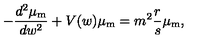
- \frac { d ^ { 2 } \mu _ { \mathrm { m } } } { d w ^ { 2 } } + V ( w ) \mu _ { \mathrm { m } } = m ^ { 2 } \frac { r } { s } \mu _ { \mathrm { m } } ,